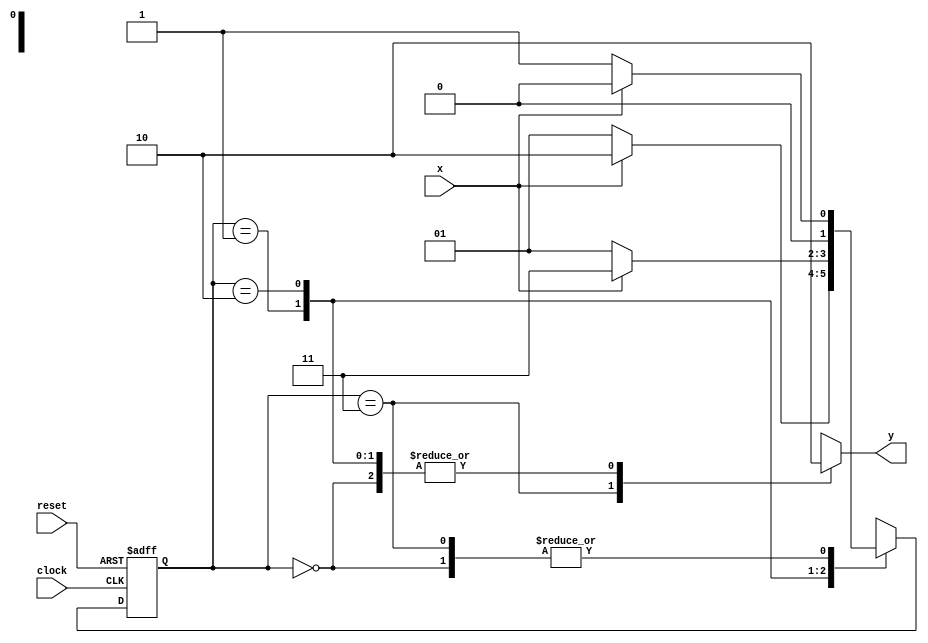
module Lab3_Moore_state_diagram(output reg y,input x,clock,reset);
	reg [1:0] state,next;
	parameter S0=2'b00,S1=2'b01,S2=2'b10,S3=2'b11;
	wire A,B;
	always @(posedge clock,negedge reset)
		if(reset==0) state<=S0;
		else state<=next;
	always @(state,x)
		case(state)
			S0:if(x) next=S0;else next=S1;
			S1:if(x) next=S2;else next=S1;
			S2:if(x) next=S3;else next=S1;
			S3:if(x) next=S0;else next=S1;
		endcase
	always @(state,x)
	begin
		case(state)
			S3:y=1;
			S0,S1,S2:y=0;
		endcase
	end
endmodule